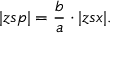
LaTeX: | z s p | = { \frac { b } { a } } \cdot | z s x | .